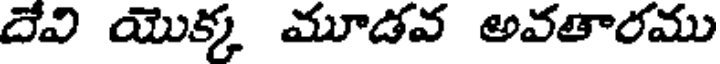
దేవి యొక్క మూడవ అవతారము